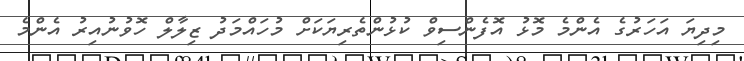
މިދިޔަ އަހަރުގެ އެންމެ މޮޅު އޮފެންސިވް ކުޅުންތެރިޔަކަށް މުހައްމަދު ޒިލާލް ހޮވުނުއިރު އެންމެ